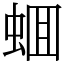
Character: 蜖